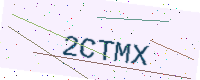
Text: 2CTMX